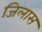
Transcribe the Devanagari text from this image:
जिलास